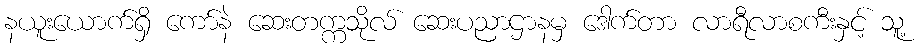
နယူးယောက်ရှိ ကော်နဲ ဆေးတက္ကသိုလ် ဆေးပညာဌာနမှ ဒေါက်တာ လာရီလာစကီးနှင့် သူ့